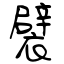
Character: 襞